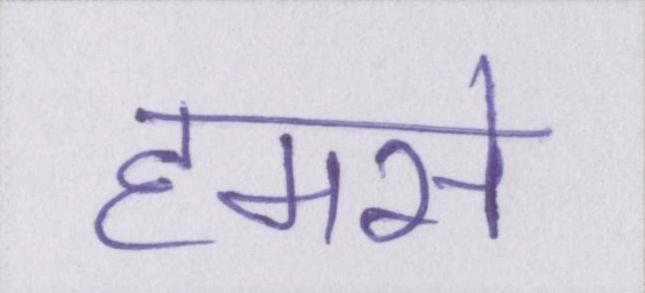
हमसे